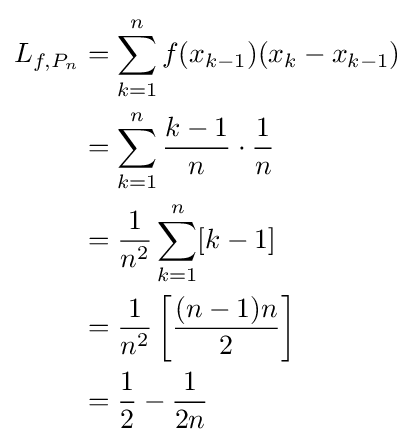
{\begin{aligned}L_{f,P_{n}}&=\sum _{k=1}^{n}f(x_{k-1})(x_{k}-x_{k-1})\\&=\sum _{k=1}^{n}{\frac {k-1}{n}}\cdot {\frac {1}{n}}\\&={\frac {1}{n^{2}}}\sum _{k=1}^{n}[k-1]\\&={\frac {1}{n^{2}}}\left[{\frac {(n-1)n}{2}}\right]\\&={\frac {1}{2}}-{\frac {1}{2n}}\end{aligned}}